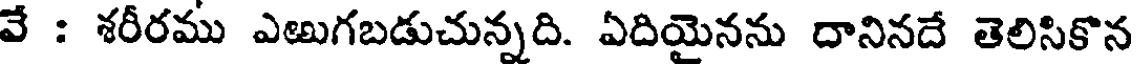
వే : శరీరము ఎఱుగబడుచున్నది. ఏదియైనను దానినదే తెలిసికొన